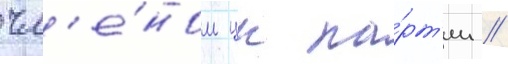
чл'е́ном цк па́рт'ии //